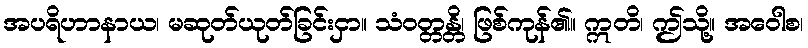
အပရိဟာနာယ၊ မဆုတ်ယုတ်ခြင်းငှာ။ သံဝတ္တန္တိ၊ ဖြစ်ကုန်၏။ ဣတိ၊ ဤသို့။ အဝေါစ၊